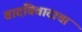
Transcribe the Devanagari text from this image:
वादविवादाचा